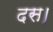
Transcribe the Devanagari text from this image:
दस।